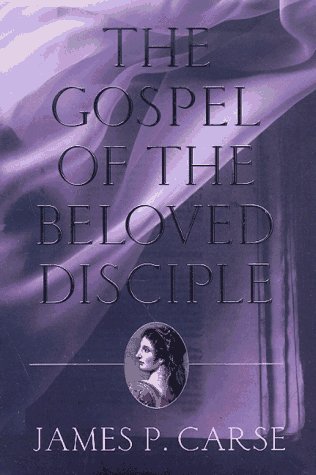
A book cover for The Gospel of the Beloved Disciple; James P. Carse; Christian Books & Bibles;